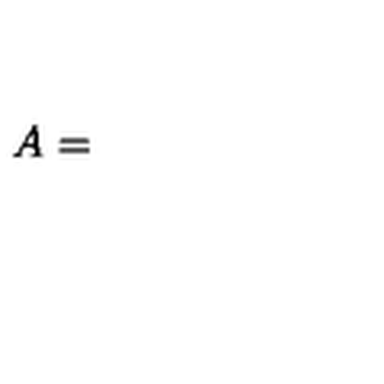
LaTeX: A =